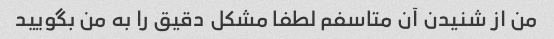
من از شنیدن آن متاسفم لطفا مشکل دقیق را به من بگویید